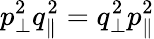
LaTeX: p_{\perp}^{2}q_{\parallel}^{2}=q_{\perp}^{2}p_{\parallel}^{2}